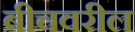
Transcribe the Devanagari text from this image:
बीचवरील